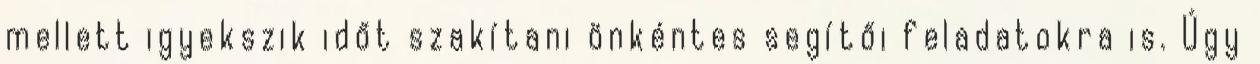
mellett igyekszik időt szakítani önkéntes segítői feladatokra is. Úgy